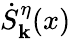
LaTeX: \dot{S}_{\mathbf k}^{\eta}(x)